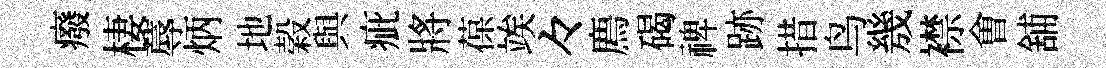
癈棲蓐炳地榖與疵將葆竢々廌碣禆跡措鸟㡬襟㑹舖